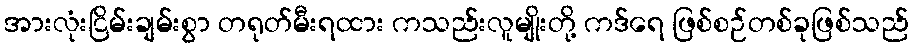
အားလုံးငြိမ်းချမ်းစွာ တရုတ်မီးရထား ကသည်းလူမျိုးတို့ ကဒ်ရေ ဖြစ်စဉ်တစ်ခုဖြစ်သည်